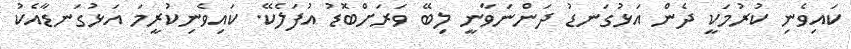
ކައިވެނި ކުރުމަކީ ދެން އަޅުގަނޑު ދަންނަވާނީ ލިބޭ ވަރަށްބޮޑު އުފަލެކޭ. ކައިވެނިކުރީމަ އަޅުގަނޑާއެކު